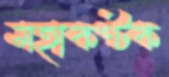
মহাকণ্টক